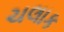
ચલાક